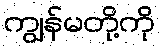
ကျွန်မတို့ကို